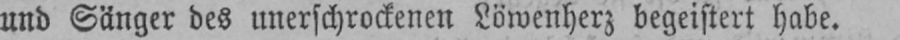
und Sänger des unerschrockenen Löwenherz begeistert habe.